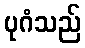
ပုဂံသည်